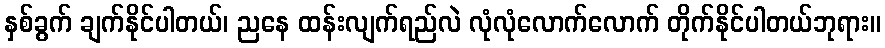
နှစ်ခွက် ချက်နိုင်ပါတယ်၊ ညနေ ထန်းလျက်ရည်လဲ လုံလုံလောက်လောက် တိုက်နိုင်ပါတယ်ဘုရား။